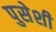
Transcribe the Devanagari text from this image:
पुसेशी